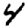
Digit: 4